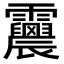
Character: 𩇀